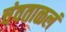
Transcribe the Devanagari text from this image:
चंवताळलं